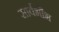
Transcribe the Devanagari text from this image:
सार्वभौभ